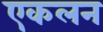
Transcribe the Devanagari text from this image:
एकलन